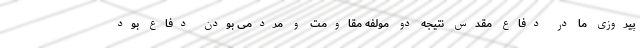
پیروزی ما در دفاع مقدس نتیجه دو مولفه مقاومت و مردمی بودن دفاع بود